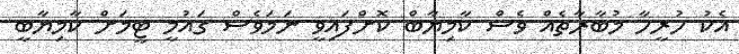
އެކު ހުރީހާ މުބާރާތެއް ވެސް ކާމިޔާބް ކޮށްފައިވީ ނަމަވެސް ގައުމީ ޓީމަށް ކާމިޔާބީ